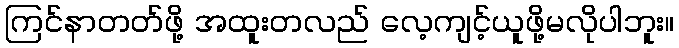
ကြင်နာတတ်ဖို့ အထူးတလည် လေ့ကျင့်ယူဖို့မလိုပါဘူး။